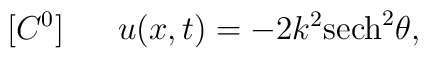
[C^0] ~~~~~u(x,t)=-2k^2{\rm sech}^2 \theta,